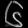
Digit: ၆